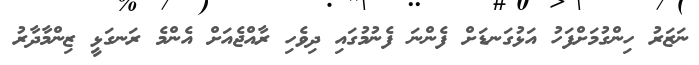
ނަޒަރު ހިންގުމަށްފަހު އަޅުގަނޑަށް ފެންނަ ފެނުމުގައި ދިވެހި ރާއްޖެއަށް އެންމެ ރަނގަޅީ ޒިންމާދާރު